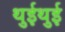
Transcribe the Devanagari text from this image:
थुईथुई